Code of medical and sanitary regulations for the guidance of medical officers serving in the Madras Presidency - Volume II
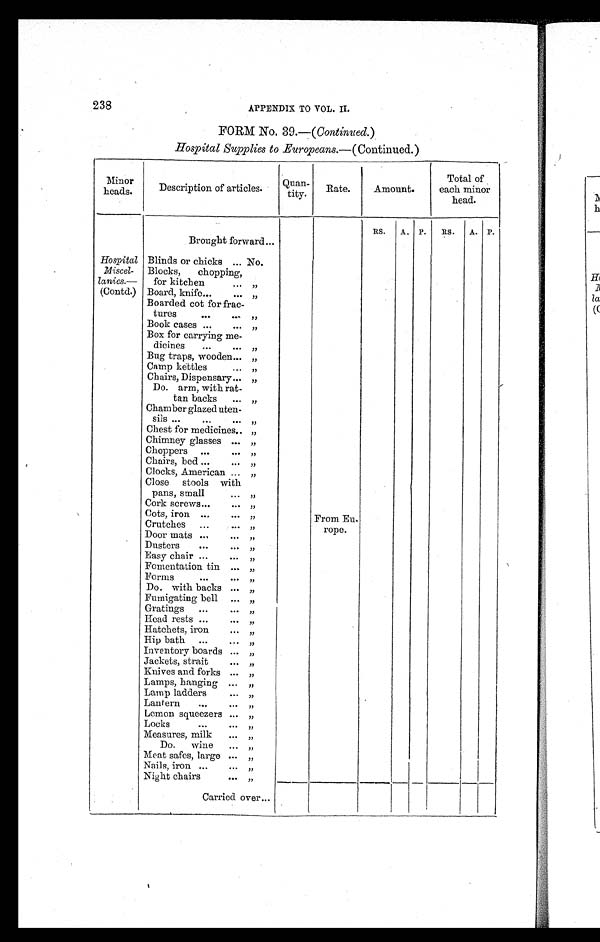
238 APPENDIX TO VOL. II.
FORM NO. 39.—( Continued. )
Hospital Supplies to Europeans. —(Continued.)
Minor
heads.
Description of articles.
Quan-
tity. Rate.
Amount.
Total of
each minor
head.
RS. A. P. RS. A. P.
Brought forward ...
Hospital
Miscel-
lanies.—
(Contd.)
Blinds or chicks ... No.
Blocks, chopping,
for kitchen
. . . „
Board, knife ...
. . . „
Boarded cot for frac-
tures
. . . . . . „
Book cases ...
. . . „
Box for carrying me-
dicines ...
. . . „
Bug traps, wooden ... „
Camp kettles
. . . „
Chairs, Dispensary ... „
Do. arm, with rat-
tan backs ... „
Chamber glazed uten-
sils...
...
. . . „
Chest for medicines.. „
Chimney glasses ... „
Choppers ...
. . . „
Chairs, bed ...
. . . „
Clocks, American ... „
Close stools with
pans, small
. . . „
Cork screws ... ...
„
Cots, iron ...
. . . „
From Eu-
rope.
Crutches ...
. . . „
Door mats . . .
. . . „
Dusters
. . .
. . . „
Easy chair ...
... „
Fomentation tin ... „
Forms
. . .
. . . „
Do. with backs ... „
Fumigating bell ... „
Gratings ...
. . . „
Head rests ...
. . . „
Hatchets, iron
. . . „
Hip bath ...
. . . „
Inventory boards ... „
Jackets, strait
. . . „
Knives and forks ... „
Lamps, hanging ... „
Lamp ladders
. . . „
Lantern . . .
. . . „
Lemon squeezers ... „
Locks
...
. . . „
Measures, milk ... „
Do. wine ... „
Meat safes, large ... „
Nails, iron ...
. . . „
Night chairs
. . . „
Carried over ...